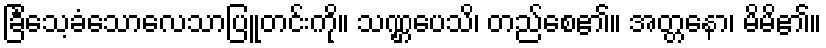
ခြင်္သေ့ခံသောလေသာပြူတင်းကို။ သဏ္ဌပေသိ၊ တည်စေ၏။ အတ္တနော၊ မိမိ၏။